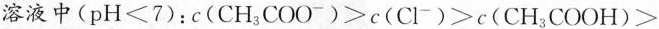
溶液中($$pH<7$$)：$$c(CH_{3}COO^{-})>c(Cl^{-})>c(CH_{3}COOH)>$$